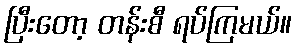
ပြီးတော့ တန်းစီ ရပ်ကြမယ်။